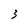
Character: 3